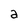
Character: a